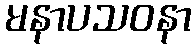
မနာပသဝနာ